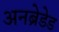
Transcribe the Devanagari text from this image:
अनब्रेडेड